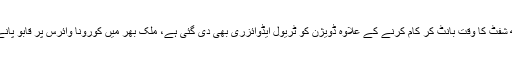
وزارتِ توانائی کے افسران کو پہلے ہی ہدایت کی گئی ہے کہ وہ کم ملازمین کے ساتھ شفٹ کا وقت بانٹ کر کام کرنے کے علاوہ ڈویژن کو ٹریول ایڈوائزری بھی دی گئی ہے، ملک بھر میں کورونا وائرس پر قابو پانے کے لیے تمام حفاظتی اقدامات کے ذریعے غیر ضروری سفر منسوخ کیے گئے ہیں۔